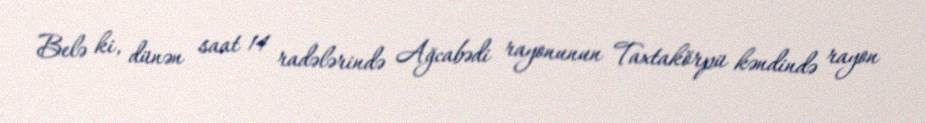
Belə ki, dünən saat 14 radələrində Ağcabədi rayonunun Taxtakörpü kəndində rayon